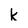
Character: k